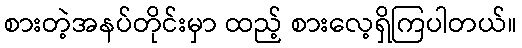
စားတဲ့အနပ်တိုင်းမှာ ထည့် စားလေ့ရှိကြပါတယ်။